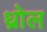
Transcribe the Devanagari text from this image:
ध्रोल